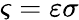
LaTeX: \varsigma=\varepsilon\sigma